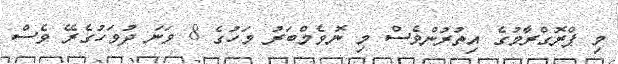
މި ޕްރޮގްރާމުގެ އިތުރުންވެސް މި ނޮވެމްބަރު މަހުގެ 8 ވަނަ ދުވަހުގެރޭ ވެސް